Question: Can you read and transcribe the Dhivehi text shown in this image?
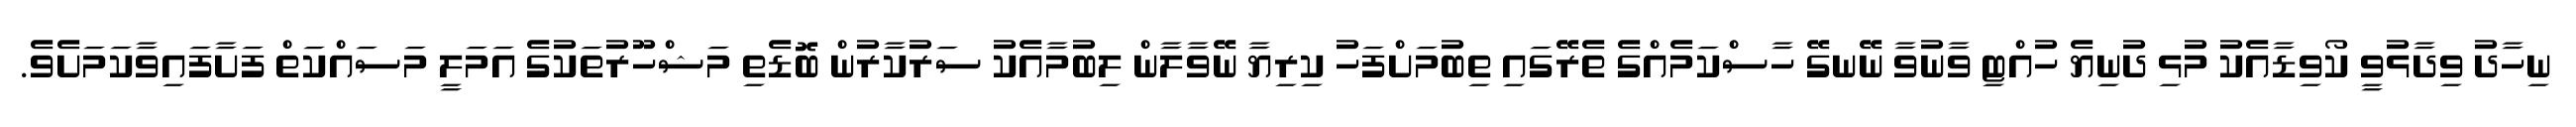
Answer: ނިހާދު ވިދާޅުވީ ކޯވިޑާއެކު މުޅި ދުނިޔެ ހުއްޓި ވާނުވާ ނޭނގޭ ހާސްކަމެއްގެ ތެރޭގައި ތިބުމަށްފަހު ކިރިޔާ ނޭވާލާން ލިބުމާއެކު ސަރުކާރުން ބޮޑެތި މަޝްހޫރުތަކުގެ އަމަލީ މަސައްކަތް ފަށާފައިވާކަމަށެވެ.